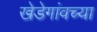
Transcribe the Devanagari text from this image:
खेडेगांवच्या